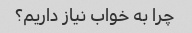
چرا به خواب نیاز داریم؟